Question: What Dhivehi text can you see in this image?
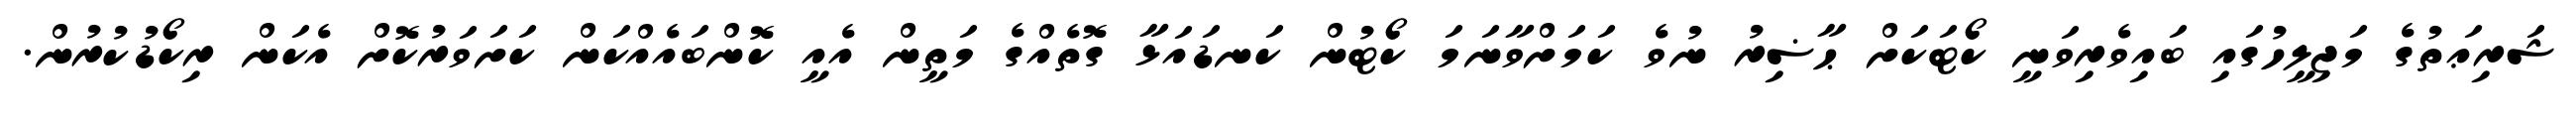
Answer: ޝަރިޢަތުގެ މަޖިލީހުގައި ބައިވެރިވަނީ ކޯޓަކަށް ޙާޟިރު ނުވެ ކަމަށްވާނަމަ ކޯޓުން ކަނޑައަޅާ ގޮތެއްގެ މަތީން އެއީ ކޮންބައެއްކަން ކަށަވަރުކޮށް އެކަން ރިކޯޑުކުރުން.